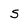
Character: S